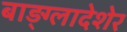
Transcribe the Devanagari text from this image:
बाड़्ग्लादेशेर